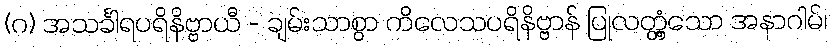
(ဂ) အသင်္ခါရပရိနိဗ္ဗာယီ - ချမ်းသာစွာ ကိလေသပရိနိဗ္ဗာန် ပြုလတ္တံ့သော အနာဂါမ်၊